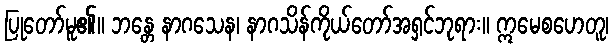
ပြုတော်မူ၏။ ဘန္တေ နာဂသေန၊ နာဂသိန်ကိုယ်တော်အရှင်ဘုရား။ ဣမေစဟေတူ၊